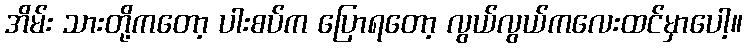
အိမ်း သားတို့ကတော့ ပါးစပ်က ပြောရတော့ လွယ်လွယ်ကလေးထင်မှာပေါ့။